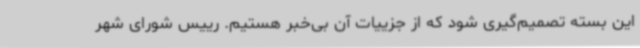
این بسته تصمیم‌گیری شود که از جزییات آن بی‌خبر هستیم. رییس شورای شهر